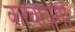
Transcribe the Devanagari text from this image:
करवायेगी